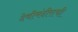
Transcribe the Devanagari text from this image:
देवीमंदीराची